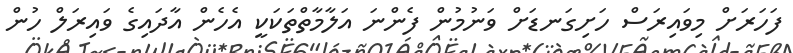
ފަހަރަށް މިވައިރަސް ހަށިގަނޑަށް ވަނުމުން ފެންނަ އަލާމާތްތަކަކީ އެހެން އާދައިގެ ވައިރަލް ހުން